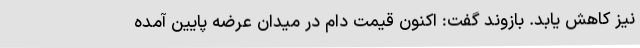
نیز کاهش یابد. بازوند گفت: اکنون قیمت دام در میدان عرضه پایین آمده